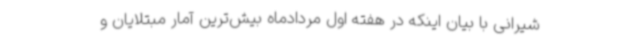
شیرانی با بیان اینکه در هفته اول مردادماه بیش‌ترین آمار مبتلایان و